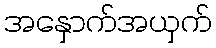
အနှောက်အယှက်